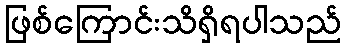
ဖြစ်ကြောင်းသိရှိရပါသည်